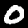
Label: 0